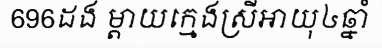
696ដង ម្តាយក្មេងស្រីអាយុ៤ឆ្នាំ